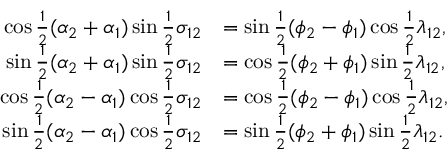
{ \begin{array} { r l } { \cos { \frac { 1 } { 2 } } ( \alpha _ { 2 } + \alpha _ { 1 } ) \sin { \frac { 1 } { 2 } } \sigma _ { 1 2 } } & { = \sin { \frac { 1 } { 2 } } ( \phi _ { 2 } - \phi _ { 1 } ) \cos { \frac { 1 } { 2 } } \lambda _ { 1 2 } , } \\ { \sin { \frac { 1 } { 2 } } ( \alpha _ { 2 } + \alpha _ { 1 } ) \sin { \frac { 1 } { 2 } } \sigma _ { 1 2 } } & { = \cos { \frac { 1 } { 2 } } ( \phi _ { 2 } + \phi _ { 1 } ) \sin { \frac { 1 } { 2 } } \lambda _ { 1 2 } , } \\ { \cos { \frac { 1 } { 2 } } ( \alpha _ { 2 } - \alpha _ { 1 } ) \cos { \frac { 1 } { 2 } } \sigma _ { 1 2 } } & { = \cos { \frac { 1 } { 2 } } ( \phi _ { 2 } - \phi _ { 1 } ) \cos { \frac { 1 } { 2 } } \lambda _ { 1 2 } , } \\ { \sin { \frac { 1 } { 2 } } ( \alpha _ { 2 } - \alpha _ { 1 } ) \cos { \frac { 1 } { 2 } } \sigma _ { 1 2 } } & { = \sin { \frac { 1 } { 2 } } ( \phi _ { 2 } + \phi _ { 1 } ) \sin { \frac { 1 } { 2 } } \lambda _ { 1 2 } . } \end{array} }